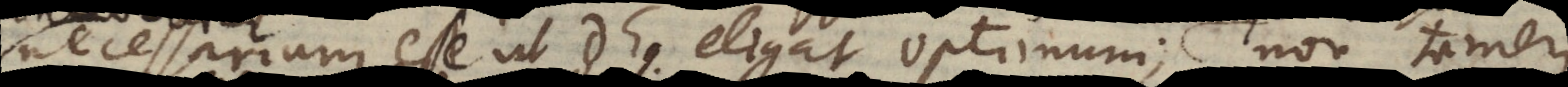
necessarium esse ut Deus eligat optimum, seu optimum